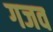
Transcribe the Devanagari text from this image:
गजव